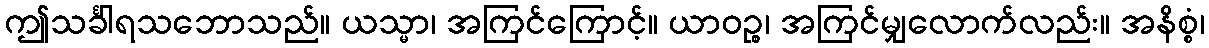
ဤသင်္ခါရသဘောသည်။ ယသ္မာ၊ အကြင်ကြောင့်။ ယာဝဉ္စ၊ အကြင်မျှလောက်လည်း။ အနိစ္စံ၊